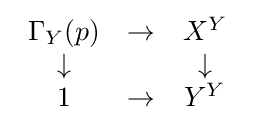
{\begin{array}{ccc}\Gamma _{Y}(p)&\to &X^{Y}\\\downarrow &&\downarrow \\1&\to &Y^{Y}\end{array}}